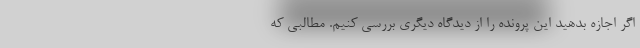
اگر اجازه بدهید این پرونده را از دیدگاه دیگری بررسی کنیم. مطالبی که